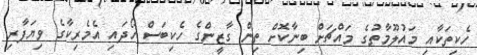
ހެކިތަކާއި މައުލޫމާތުގެ މައްޗަށް ބިނާކޮށް ތިން ގާޒީންގެ ހެކިބަސް ހޯދައި އެމެރިކާގެ ވިޔަފާރި